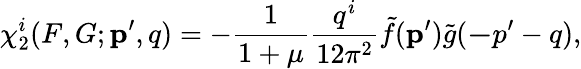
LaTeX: \chi_{2}^{i}(F,G;{\mathbf p^{\prime},q})=-\frac{1}{1+\mu}\frac{q^{i}}{12\pi^{2}}\tilde{f}({\mathbf p^{\prime}})\tilde{g}({\mathbf-p^{\prime}-q}),